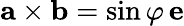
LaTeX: \mathbf{a}\times\mathbf{b}=\sin\varphi\, {\mathbf e}